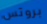
بروتس